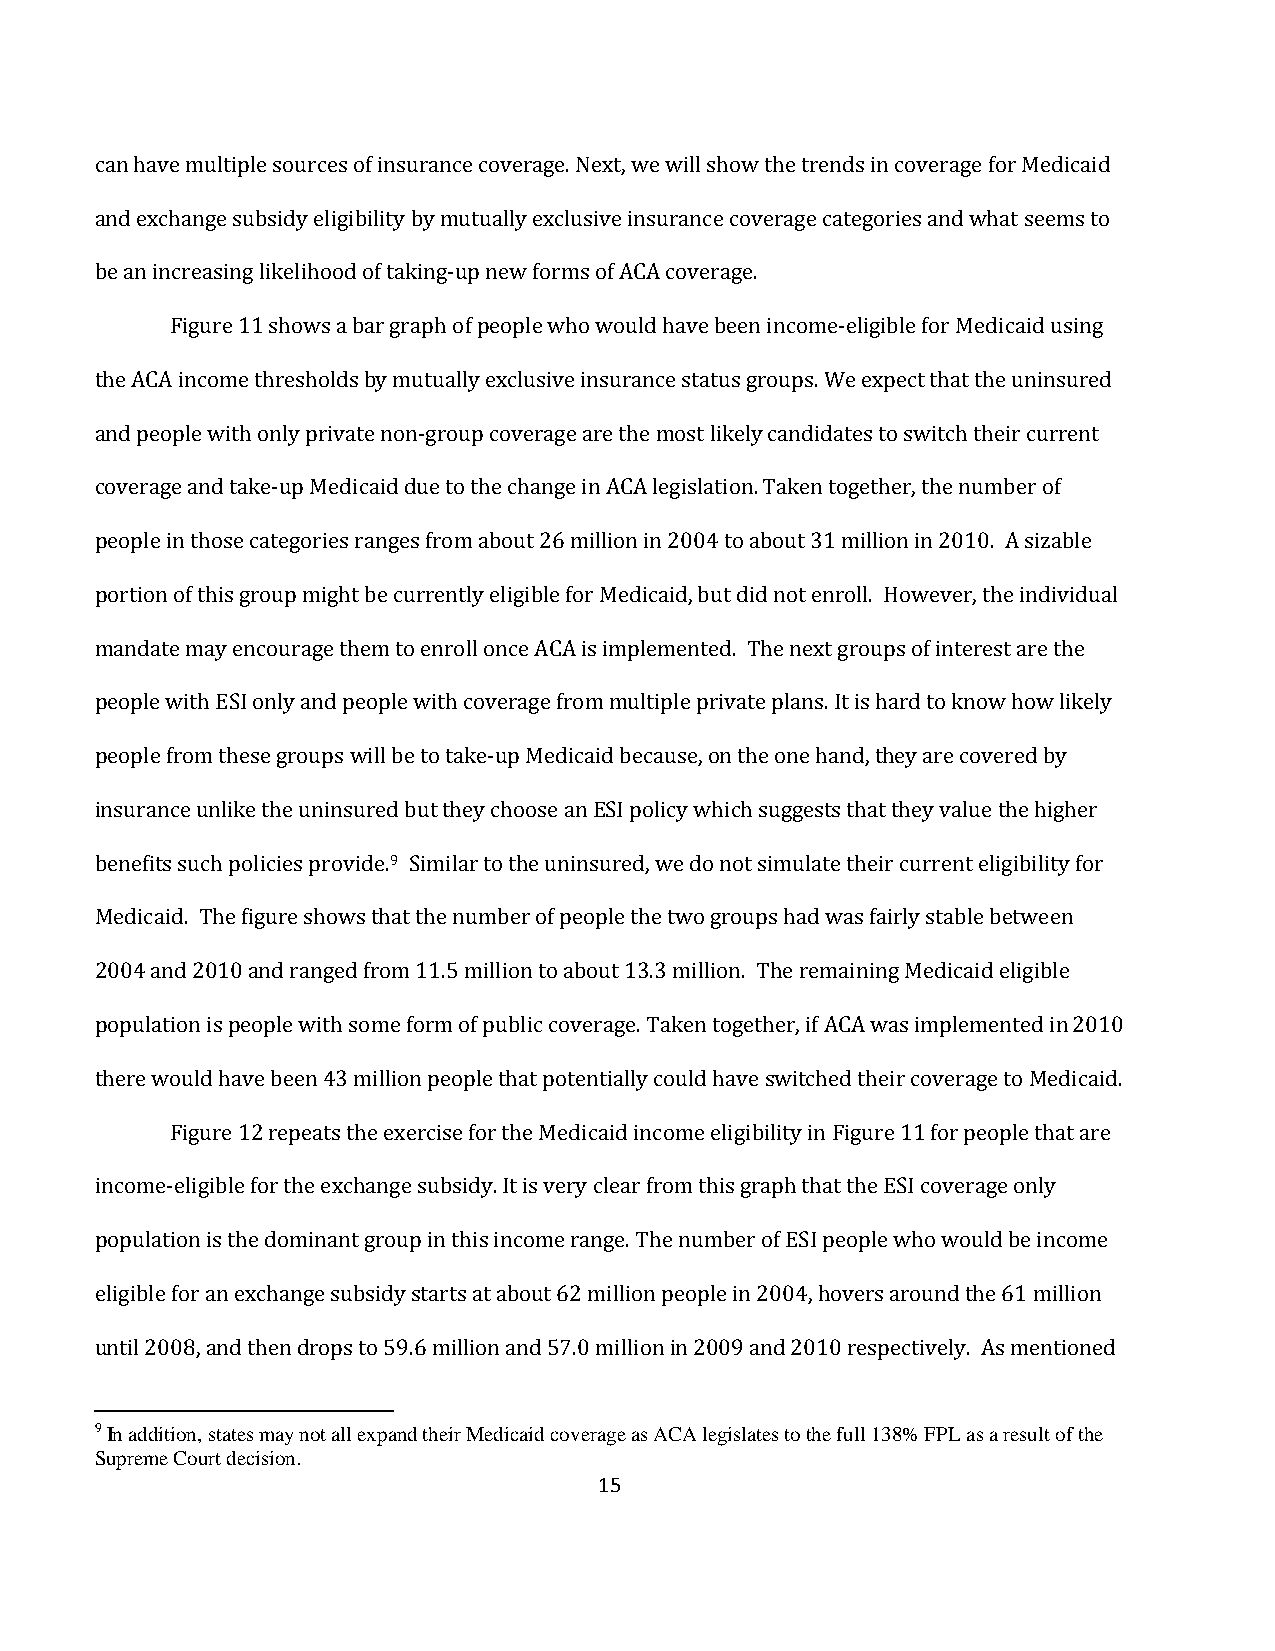
can have multiple sources of insurance coverage. Next, we will show the trends in coverage for Medicaid
 and exchange subsidy eligibility by mutually exclusive insurance coverage categories and what seems to
 be an increasing likelihood of taking-up new forms of ACA coverage.
 Figure 11 shows a bar graph of people who would have been income-eligible for Medicaid using
 the ACA income thresholds by mutually exclusive insurance status groups. We expect that the uninsured
 and people with only private non-group coverage are the most likely candidates to switch their current
 coverage and take-up Medicaid due to the change in ACA legislation. Taken together, the number of
 people in those categories ranges from about 26 million in 2004 to about 31 million in 2010. A sizable
 portion of this group might be currently eligible for Medicaid, but did not enroll. However, the individual
 mandate may encourage them to enroll once ACA is implemented. The next groups of interest are the
 people with ESI only and people with coverage from multiple private plans. It is hard to know how likely
 people from these groups will be to take-up Medicaid because, on the one hand, they are covered by
 insurance unlike the uninsured but they choose an ESI policy which suggests that they value the higher
 9
 benefits such policies provide. Similar to the uninsured, we do not simulate their current eligibility for
 Medicaid. The figure shows that the number of people the two groups had was fairly stable between
 2004 and 2010 and ranged from 11.5 million to about 13.3 million. The remaining Medicaid eligible
 population is people with some form of public coverage. Taken together, if ACA was implemented in 2010
 there would have been 43 million people that potentially could have switched their coverage to Medicaid.
 Figure 12 repeats the exercise for the Medicaid income eligibility in Figure 11 for people that are
 income-eligible for the exchange subsidy. It is very clear from this graph that the ESI coverage only
 population is the dominant group in this income range. The number of ESI people who would be income
 eligible for an exchange subsidy starts at about 62 million people in 2004, hovers around the 61 million
 until 2008, and then drops to 59.6 million and 57.0 million in 2009 and 2010 respectively. As mentioned
 9 In addition, states may not all expand their Medicaid coverage as ACA legislates to the full 138% FPL as a result of the
 Supreme Court decision.
 15